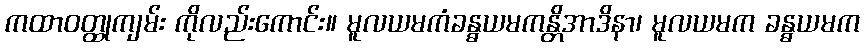
ကထာဝတ္ထုကျမ်း ကိုလည်းကောင်း။ မူလယမကံခန္ဓယမကန္တိအာဒိနာ၊ မူလယမက ခန္ဓယမက